Plague in India, 1896, 1897 - Volume 1
Year: 1896
Disease focus: Plague
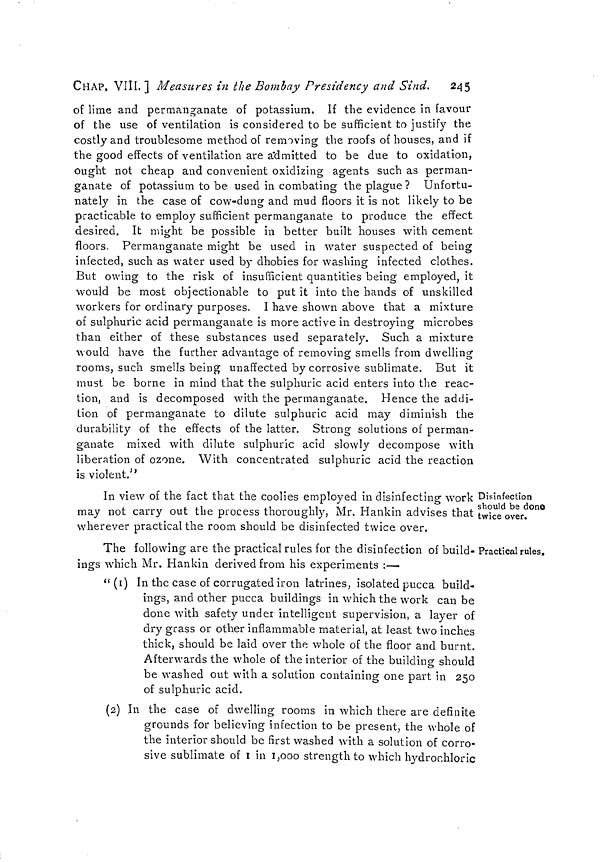
CHAP. VIII. ] Measures in the Bombay Presidency and Sind. 245
of lime and permanganate of potassium. If the evidence in favour
of the use of ventilation is considered to be sufficient to justify the
costly and troublesome method of removing the roofs of houses, and if
the good effects of ventilation are admitted to be due to oxidation,
ought not cheap and convenient oxidizing agents such as perman-
ganate of potassium to be used in combating the plague ? Unfortu-
nately in the case of cow-dung and mud floors it is not likely to be
practicable to employ sufficient permanganate to produce the effect
desired. It might be possible in better built houses with cement
floors. Permanganate might be used in water suspected of being
infected, such as water used by dhobies for washing infected clothes.
But owing to the risk of insufficient quantities being employed, it
would be most objectionable to put it into the hands of unskilled
workers for ordinary purposes. I have shown above that a mixture
of sulphuric acid permanganate is more active in destroying microbes
than either of these substances used separately. Such a mixture
would have the further advantage of removing smells from dwelling
rooms, such smells being unaffected by corrosive sublimate. But it
must be borne in mind that the sulphuric acid enters into the reac-
tion, and is decomposed with the permanganate. Hence the addi-
tion of permanganate to dilute sulphuric acid may diminish the
durability of the effects of the latter. Strong solutions of perman-
ganate mixed with dilute sulphuric acid slowly decompose with
liberation of ozone. With concentrated sulphuric acid the reaction
is violent."
Disinfection
should be done
twice over.
In view of the fact that the coolies employed in disinfecting work
may not carry out the process thoroughly, Mr. Hankin advises that
wherever practical the room should be disinfected twice over,
Practical rules.
The following are the practical rules for the disinfection of build-
ings which Mr. Hankin derived from his experiments :—
"(1) In the case of corrugated iron latrines, isolated pucca build-
ings, and other pucca buildings in which the work can be
done with safety under intelligent supervision, a layer of
dry grass or other inflammable material, at least two inches
thick, should be laid over the whole of the floor and burnt.
Afterwards the whole of the interior of the building should
be washed out with a solution containing one part in 250
of sulphuric acid.
(2) In the case of dwelling rooms in which there are definite
grounds for believing infection to be present, the whole of
the interior should be first washed with a solution of corro-
sive sublimate of 1 in 1,000 strength to which hydrochloric